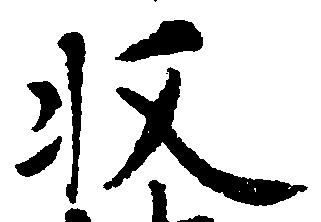
収